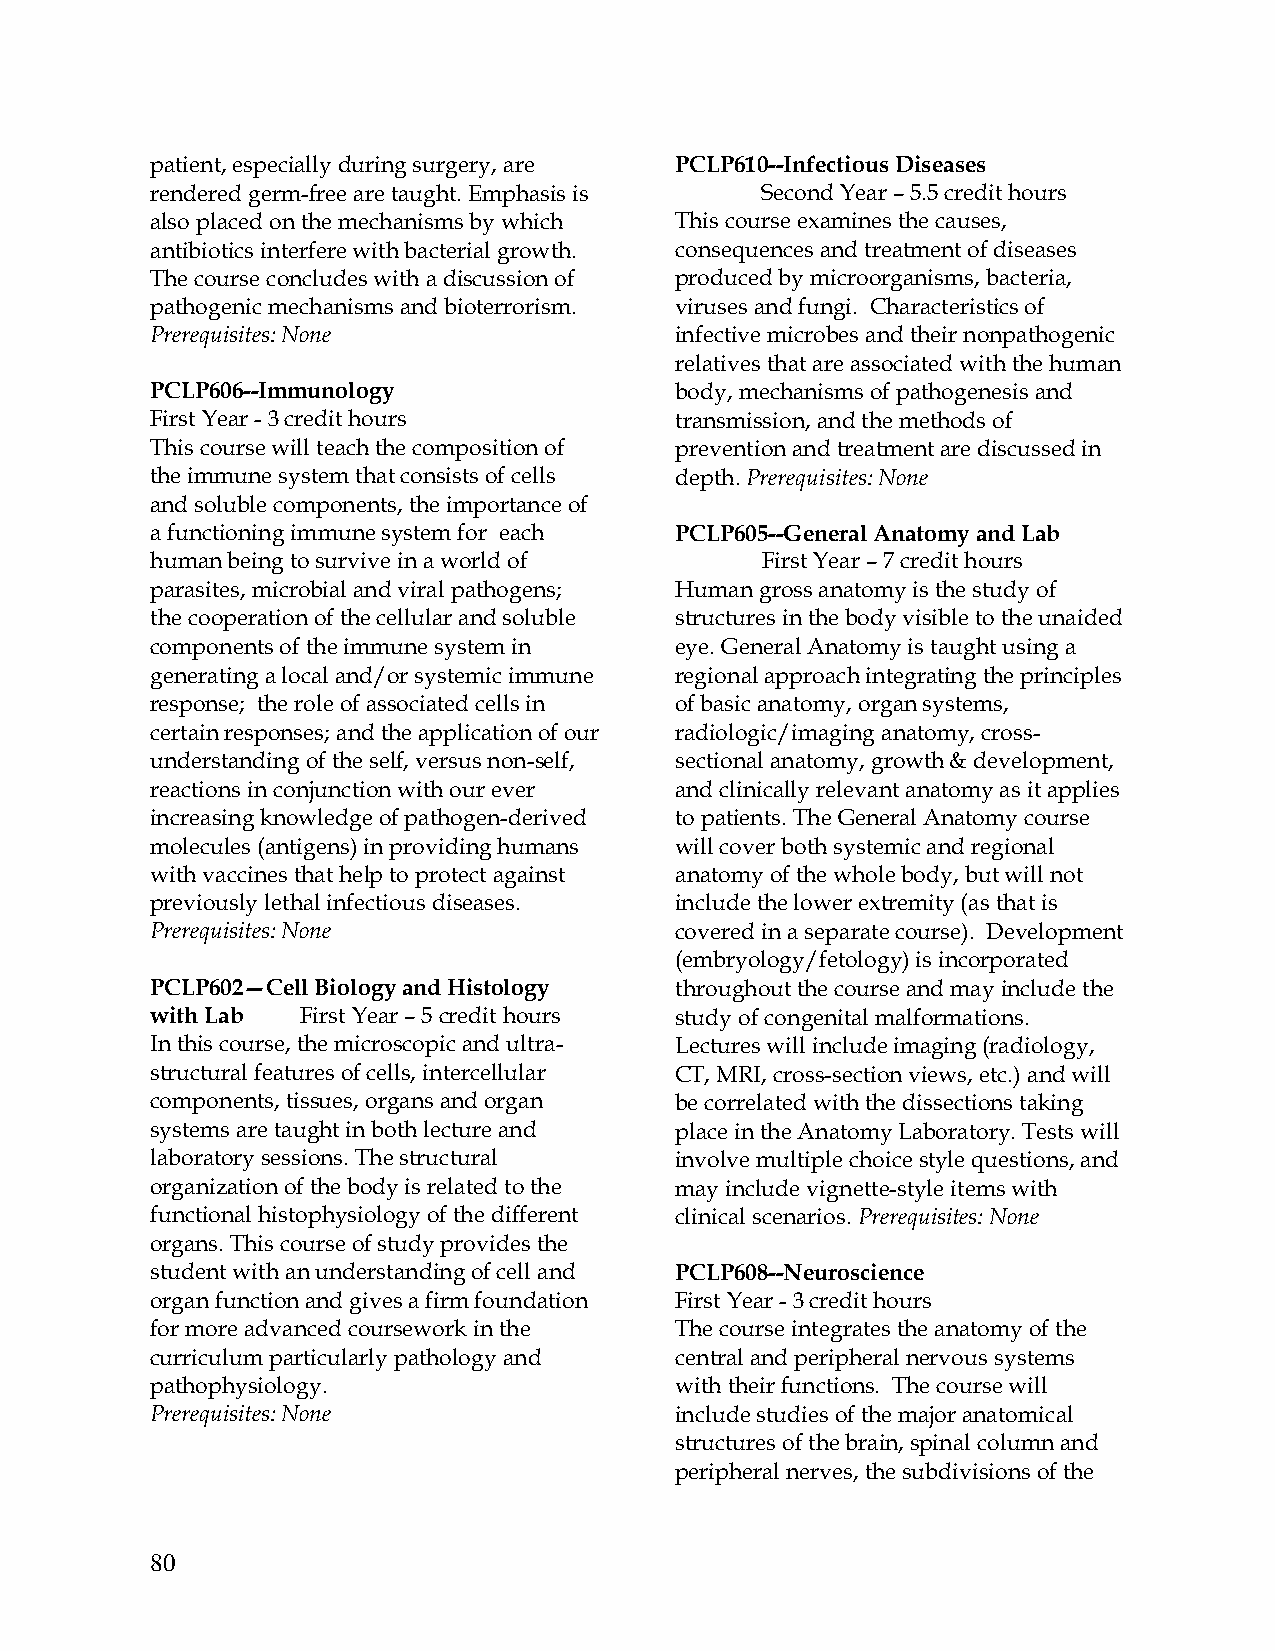
patient, especially during surgery, are PCLP610--Infectious Diseases
 rendered germ-free are taught. Emphasis is Second Year – 5.5 credit hours
 also placed on the mechanisms by which This course examines the causes,
 antibiotics interfere with bacterial growth. consequences and treatment of diseases
 The course concludes with a discussion of produced by microorganisms, bacteria,
 pathogenic mechanisms and bioterrorism. viruses and fungi. Characteristics of
 Prerequisites: None                infective microbes and their nonpathogenic
 relatives that are associated with the human
 PCLP606--Immunology                body, mechanisms of pathogenesis and
 First Year - 3 credit hours        transmission, and the methods of
 This course will teach the composition of prevention and treatment are discussed in
 the immune system that consists of cells depth. Prerequisites: None
 and soluble components, the importance of
 a functioning immune system for each PCLP605--General Anatomy and Lab
 human being to survive in a world of    First Year – 7 credit hours
 parasites, microbial and viral pathogens; Human gross anatomy is the study of
 the cooperation of the cellular and soluble structures in the body visible to the unaided
 components of the immune system in eye. General Anatomy is taught using a
 generating a local and/or systemic immune regional approach integrating the principles
 response; the role of associated cells in of basic anatomy, organ systems,
 certain responses; and the application of our radiologic/imaging anatomy, cross-
 understanding of the self, versus non-self, sectional anatomy, growth & development,
 reactions in conjunction with our ever and clinically relevant anatomy as it applies
 increasing knowledge of pathogen-derived to patients. The General Anatomy course
 molecules (antigens) in providing humans will cover both systemic and regional
 with vaccines that help to protect against anatomy of the whole body, but will not
 previously lethal infectious diseases. include the lower extremity (as that is
 Prerequisites: None                covered in a separate course). Development
 (embryology/fetology) is incorporated
 PCLP602—Cell Biology and Histology throughout the course and may include the
 with Lab  First Year – 5 credit hours study of congenital malformations.
 In this course, the microscopic and ultra- Lectures will include imaging (radiology,
 structural features of cells, intercellular CT, MRI, cross-section views, etc.) and will
 components, tissues, organs and organ be correlated with the dissections taking
 systems are taught in both lecture and place in the Anatomy Laboratory. Tests will
 laboratory sessions. The structural involve multiple choice style questions, and
 organization of the body is related to the may include vignette-style items with
 functional histophysiology of the different clinical scenarios. Prerequisites: None
 organs. This course of study provides the
 student with an understanding of cell and PCLP608--Neuroscience
 organ function and gives a firm foundation First Year - 3 credit hours
 for more advanced coursework in the The course integrates the anatomy of the
 curriculum particularly pathology and central and peripheral nervous systems
 pathophysiology.                   with their functions. The course will
 Prerequisites: None                include studies of the major anatomical
 structures of the brain, spinal column and
 peripheral nerves, the subdivisions of the
 80